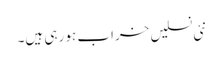
نئی نسلیں خراب ہو رہی ہیں۔